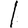
Digit: 1